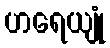
ဟရေယျုံ